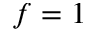
f = 1